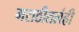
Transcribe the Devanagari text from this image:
मराठीतलंही